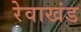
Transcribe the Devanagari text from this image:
रेवाखंड